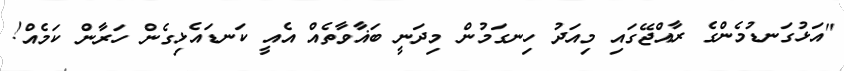
"އަޅުގަނޑުމެންގެ ރާއްޖޭގައި މިއަދު ހިނގަމުން މިދަނީ ބަޣާވާތެއް އެއީ ކަނޑައެޅިގެން ހަރާން ކަމެއް!